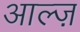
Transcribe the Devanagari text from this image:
आल्ज़